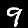
Digit: 9